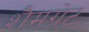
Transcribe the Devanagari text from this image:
शैमग्रेट